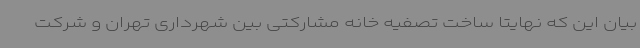
بیان این که نهایتا ساخت تصفیه خانه مشارکتی بین شهرداری تهران و شرکت